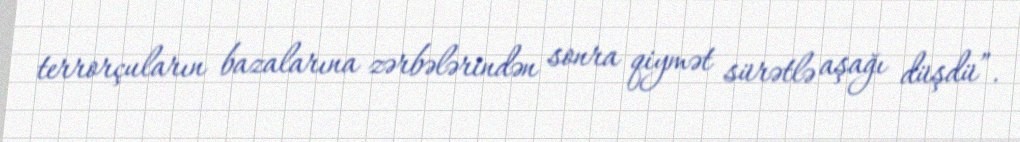
terrorçuların bazalarına zərbələrindən sonra qiymət sürətlə aşağı düşdü”.